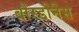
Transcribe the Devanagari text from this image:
बौरडोनैस